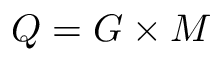
Q = G \times M